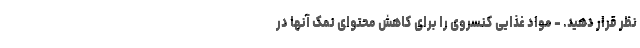
نظر قرار دهید. - مواد غذایی کنسروی را برای کاهش محتوای نمک آنها در